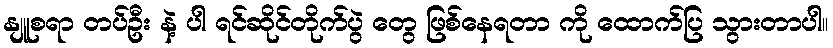
နျူစရာ တပ်ဦး နဲ့ ပါ ရင်ဆိုင်တိုက်ပွဲ တွေ ဖြစ်နေရတာ ကို ထောက်ပြ သွားတာပါ။